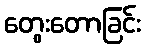
တွေးတောခြင်း